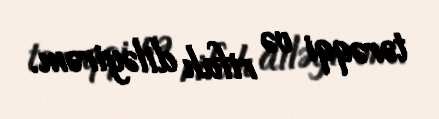
tərəqqi və rifah diləyirəm.